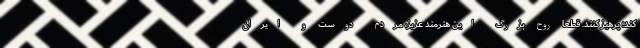
کند؛ پرهیز کنند. قطعا روح بزرگ این هنرمند عزیز، مردم دوست و ایران